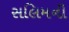
સલિમની